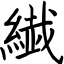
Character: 繊